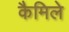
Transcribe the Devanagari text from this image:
कैमिले